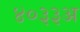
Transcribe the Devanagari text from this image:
४०३३अ